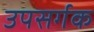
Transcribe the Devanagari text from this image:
उपसर्गक